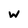
Character: W